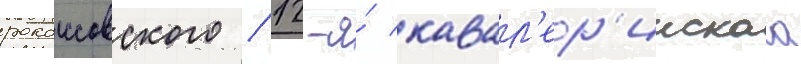
рокоссовского / 12-я́ кавал'ер'иискаа